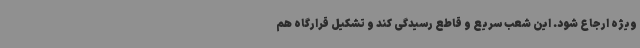
ویژه ارجاع شود. این شعب سریع و قاطع رسیدگی کند و تشکیل قرارگاه هم